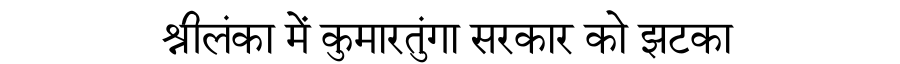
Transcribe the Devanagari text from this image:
श्रीलंका में कुमारतुंगा सरकार को झटका